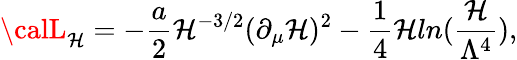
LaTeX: {\calL}_{\mathcal{H}}=-\frac{{a}}{{2}}\mathcal{H}^{-3/2}(\partial_{\mu}\mathcal{H})^{2}-\frac{{1}}{{4}}\mathcal{H}ln(\frac{{\mathcal{H}}}{{\Lambda^{4}}}),